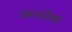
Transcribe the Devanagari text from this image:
अननेक